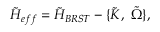
{ \tilde { H } } _ { e f f } = { \tilde { H } } _ { B R S T } - \{ \tilde { K } , \ \tilde { \Omega } \} ,